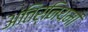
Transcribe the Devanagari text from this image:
अंतिर्नियमों